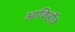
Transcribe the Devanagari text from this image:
आविर्होत्र